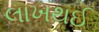
લાખથઈ